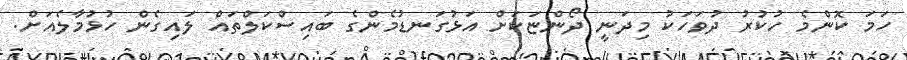
ހަމަ ކޮންމެ ހުކުރު ދުވަހަކު މިދަނީ ދޯންޏަކަށް އަޅުގަނޑުމެންގެ ބައިސްކަލްތައް ލައިގެން ހުޅުމާލެއަށް.